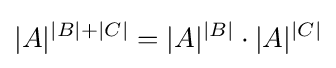
|A|^{|B|+|C|}=|A|^{|B|}\cdot |A|^{|C|}